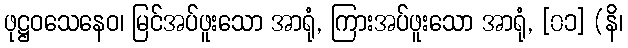
ဖုဋ္ဌဝသေနေဝ၊ မြင်အပ်ဖူးသော အာရုံ, ကြားအပ်ဖူးသော အာရုံ, [၀၁] (နိ၊